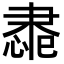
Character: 䏋